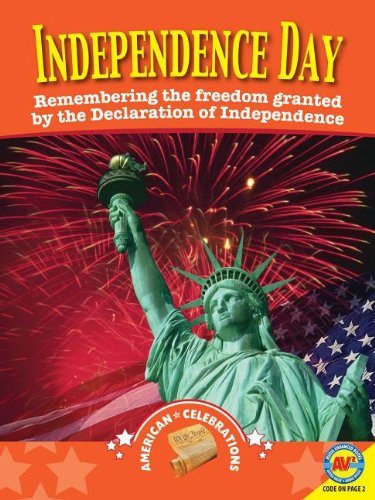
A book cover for Independence Day (American Celebrations); Jill Foran; Children's Books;